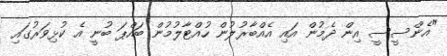
"އެންސީސީ އިން ދެމުން އައި އެއްބާރުލުން ހުއްޓާލުމުން ބައްޕަ ބުނީ އެ ކުޅިވަރުގައި